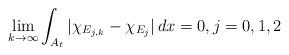
LaTeX: \begin{align*} \lim_{k\rightarrow\infty} \int_{A_t} |\chi_{E_{j,k}} - \chi_{E_j}|\, dx = 0, j = 0,1,2\end{align*}